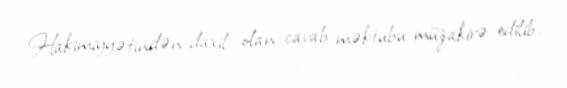
Hakimiyyətindən daxil olan cavab məktubu müzakirə edilib.